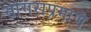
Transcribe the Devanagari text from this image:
सागराप्रमाणे